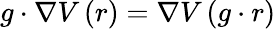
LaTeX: g\cdot\nabla V\left(r\right)=\nabla V\left(g\cdot r\right)